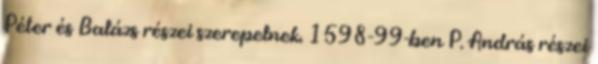
Péter és Balázs részei szerepelnek. 1598-99-ben P. András részei